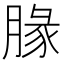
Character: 腞